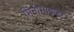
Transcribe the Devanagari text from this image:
मिनीमाइज़र